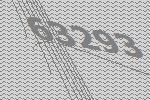
63293